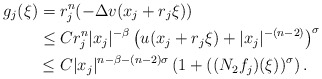
\begin{align*}g_j(\xi)&=r_j^n(-\Delta v(x_j+r_j\xi))\\ &\le Cr_j^n|x_j|^{-\beta}\left(u(x_j+r_j\xi)+|x_j|^{-(n-2)}\right)^\sigma\\ &\le C|x_j|^{n-\beta-(n-2)\sigma}\left(1+((N_2f_j)(\xi))^\sigma\right).\end{align*}